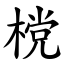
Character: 𣗋